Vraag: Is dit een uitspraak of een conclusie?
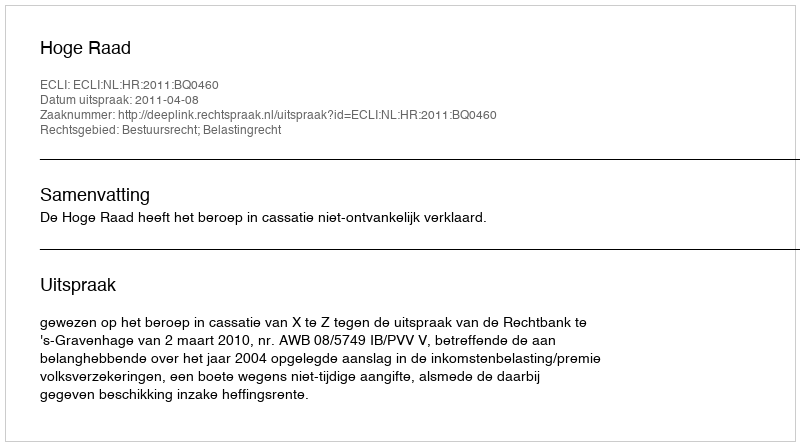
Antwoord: Uitspraak